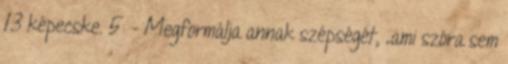
13 képecske. 5 - Megformálja annak szépségét, „ami szóra sem